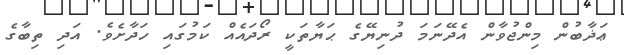
ޢަޛާބުން މިންޖުވާން އެދޭނަމަ ދުނިޔޭގެ ޙަޔާތަކީ ރޯދައެއް ކަމުގައި ހަދާށެވެ. އަދި ތިބާގެ